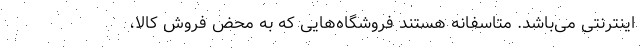
اینترنتی می‌باشد. متاسفانه هستند فروشگاه‌هایی که به محض فروش کالا،